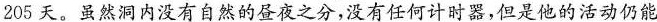
205天。虽然洞内没有自然的昼夜之分，没有任何计时器，但是他的活动仍能